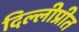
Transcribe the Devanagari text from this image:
दिल्लीप्रीत